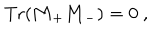
LaTeX: \mathrm { T r } ( { \bf M } _ { + } { \bf M } _ { - } ) = 0 \ ,